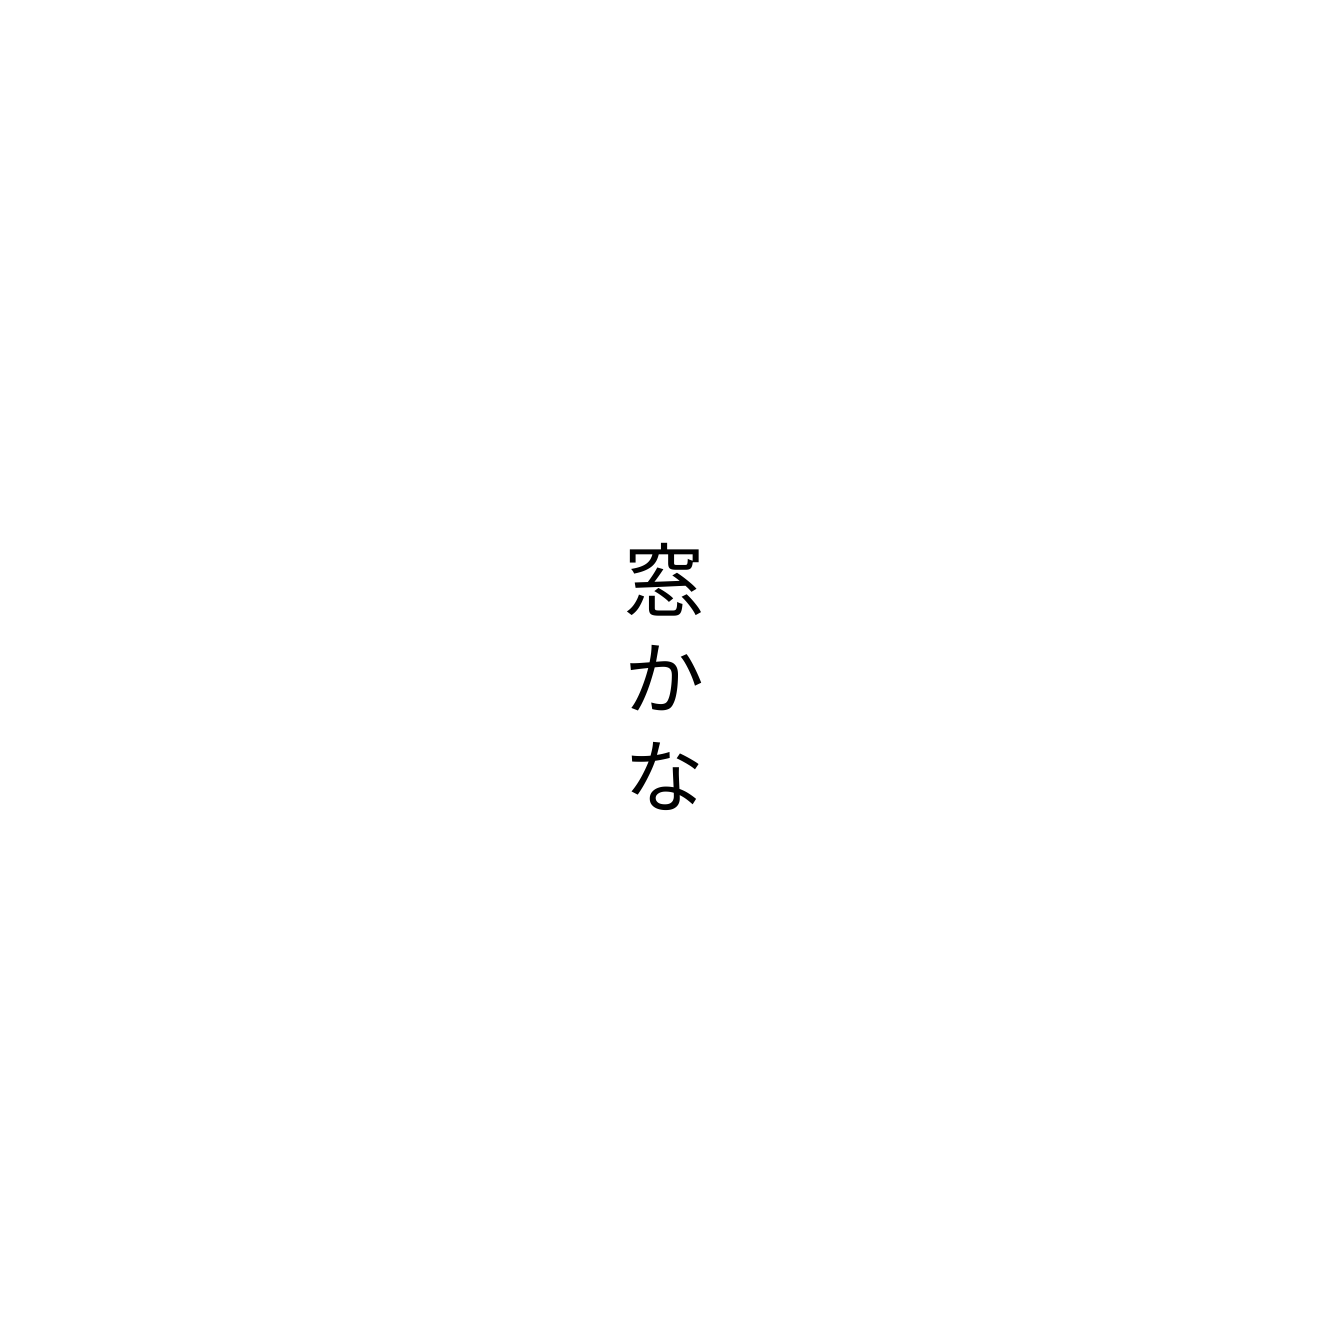
窓かな